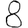
Digit: 8